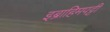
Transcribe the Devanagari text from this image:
इब्राहिमपट्टी